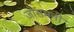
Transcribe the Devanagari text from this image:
जोसमनी